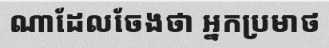
ណាដែលចែងថា អ្នកប្រមាថ